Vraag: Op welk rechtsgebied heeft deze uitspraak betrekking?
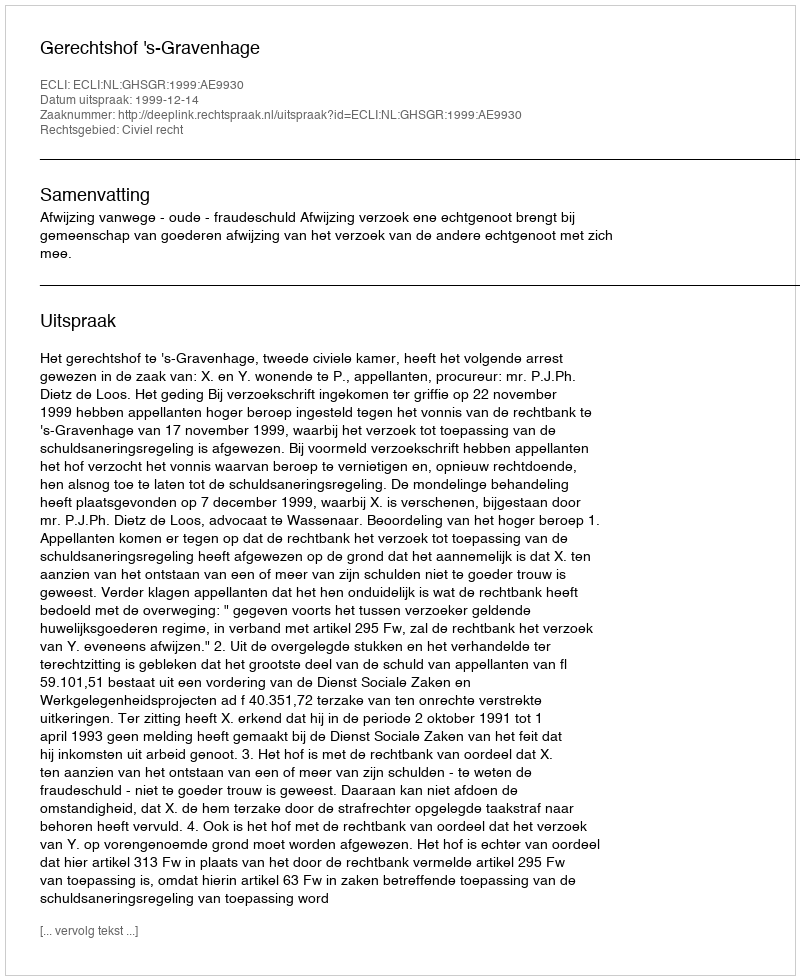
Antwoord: Civiel recht